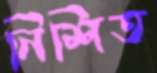
নিশিত